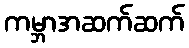
ကမ္ဘာအဆက်ဆက်